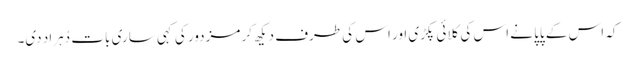
کہ اس کے پاپا نے اس کی کلائی پکڑی اور اس کی طرف دیکھ کر مزدور کی کہی ساری بات دُہراد دی۔